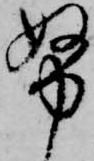
努